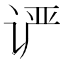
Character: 𰵨